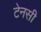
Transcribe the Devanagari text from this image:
टेनसी